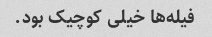
فیله‌ها خیلی کوچیک بود.